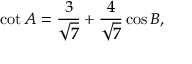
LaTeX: \cot A = { \frac { 3 } { \sqrt { 7 } } } + { \frac { 4 } { \sqrt { 7 } } } \cos B ,